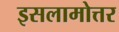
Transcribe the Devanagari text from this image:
इसलामोत्तर